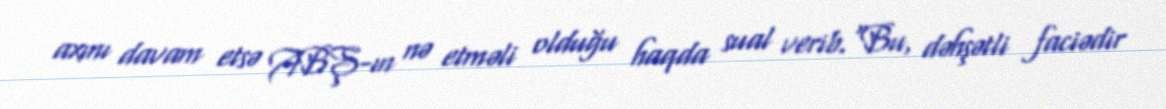
axını davam etsə ABŞ-ın nə etməli olduğu haqda sual verib.“Bu, dəhşətli faciədir